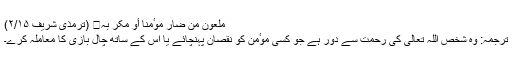
مَلْعُوْنٌ مَنْ ضَارَّ مُوٴْمِنًا أوْ مَکَرَ بِہ (ترمذی شریف ۲/۱۵)
ترجمہ: وہ شخص اللہ تعالیٰ کی رحمت سے دور ہے جو کسی موٴمن کو نقصان پہنچائے یا اس کے ساتھ چال بازی کا معاملہ کرے۔